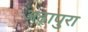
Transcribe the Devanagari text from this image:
अढ़ापुरा